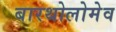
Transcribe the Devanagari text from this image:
बारथोलोमेव